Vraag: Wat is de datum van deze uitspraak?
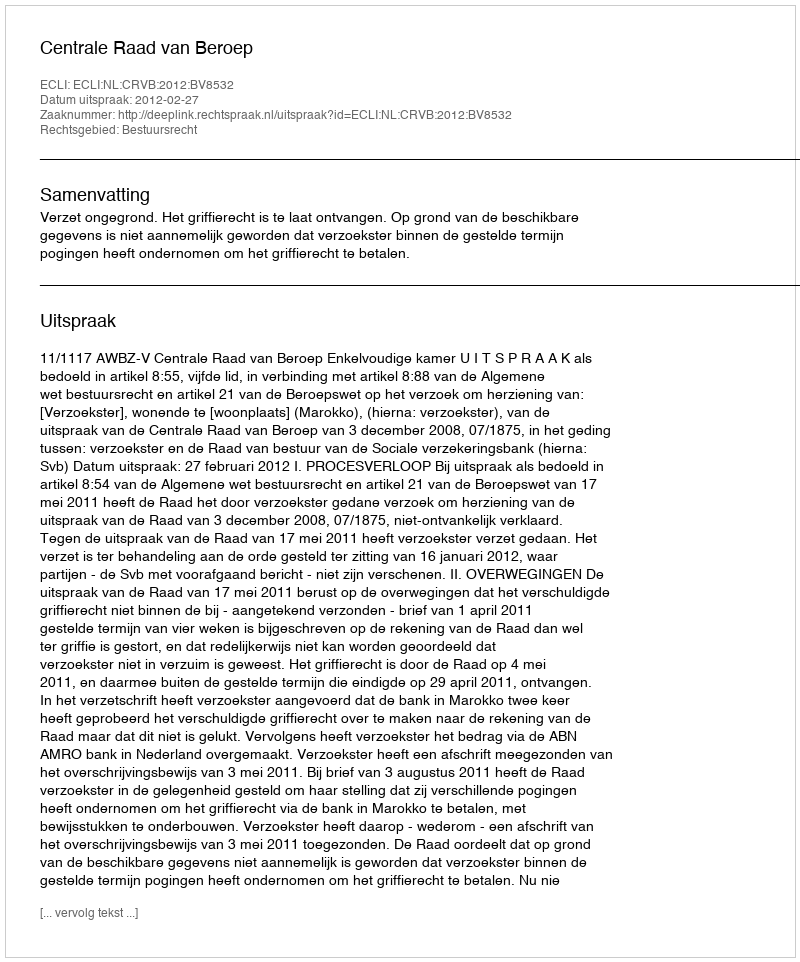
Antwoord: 2012-02-27